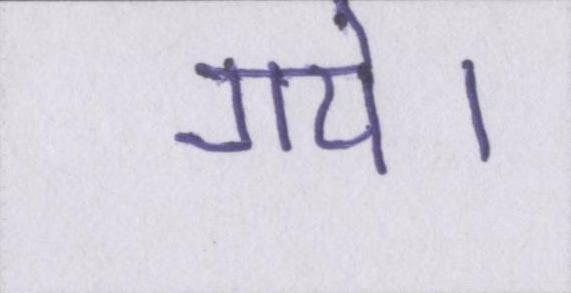
गये।